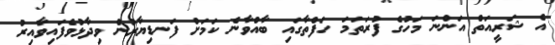
އެ ޝަރީއަތް އަންނަ މަހުގެ ފުރަަތަމަ ހަފްތާގައި ބާއްވާނެ ކަމަށް ފަނޑިޔާރުން ވިދާޅުވެފައިވާއިރު